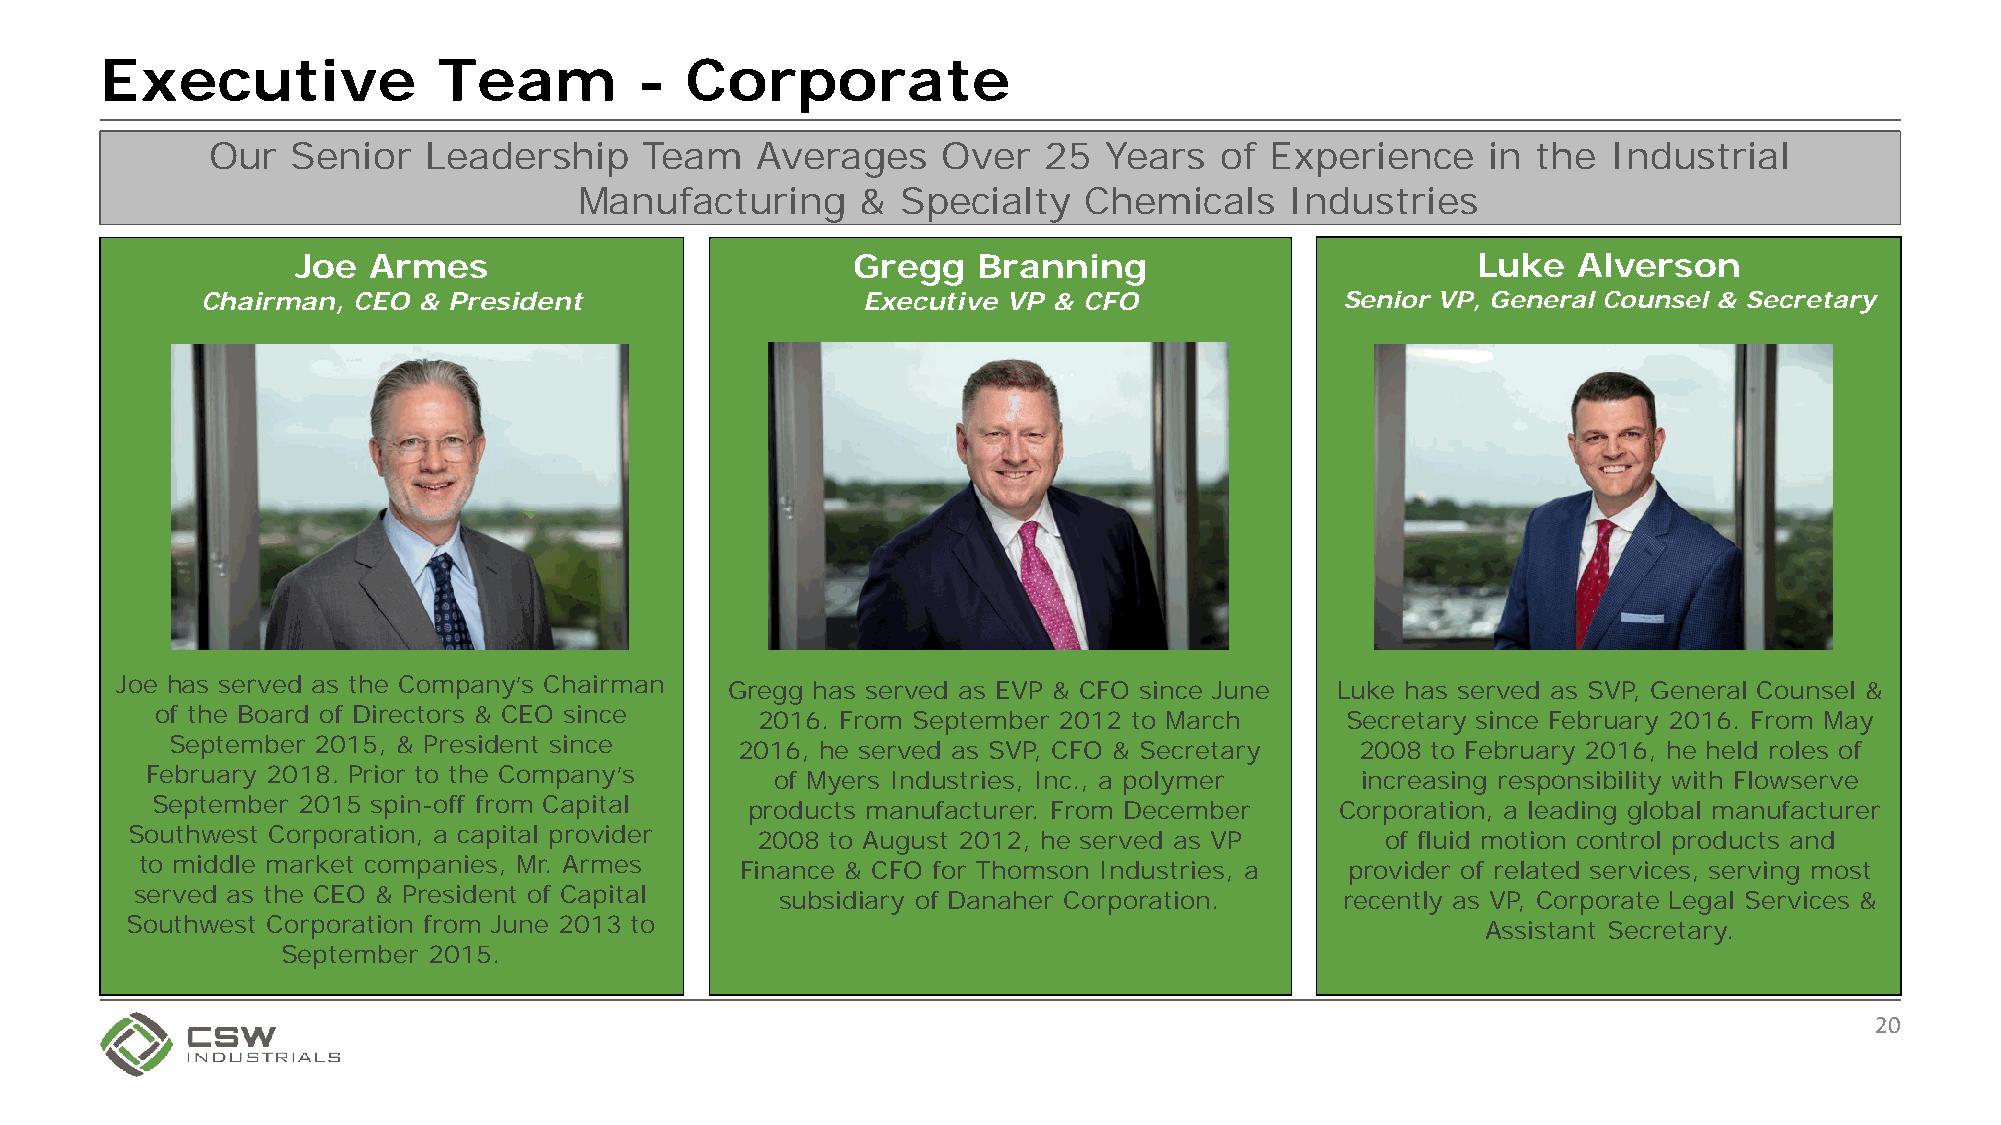
Executive             Team         -  Corporate
 Our  Senior   Leadership     Team   Averages    Over   25  Years   of Experience     in the  Industrial
 Manufacturing      &  Specialty   Chemicals    Industries
 Joe Armes                           Gregg    Branning                         Luke  Alverson
 Chairman, CEO  & President                  Executive VP & CFO              Senior VP, General Counsel & Secretary
 Joe has served as the Company’s Chairman Gregg has served as EVP & CFO since June Luke has served as SVP, General Counsel &
 of the Board of Directors & CEO since   2016. From September 2012 to March     Secretary since February 2016. From May
 September 2015, & President since     2016, he served as SVP, CFO & Secretary  2008 to February 2016, he held roles of
 February 2018. Prior to the Company’s    of Myers Industries, Inc., a polymer   increasing responsibility with Flowserve
 September 2015 spin-off from Capital   products manufacturer. From December    Corporation, a leading global manufacturer
 Southwest Corporation, a capital provider 2008 to August 2012, he served as VP      of fluid motion control products and
 to middle market companies, Mr. Armes   Finance & CFO for Thomson Industries, a provider of related services, serving most
 served as the CEO & President of Capital   subsidiary of Danaher Corporation.   recently as VP, Corporate Legal Services &
 Southwest Corporation from June 2013 to                                                   Assistant Secretary.
 September 2015.
 20